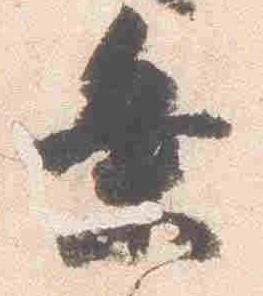
乗